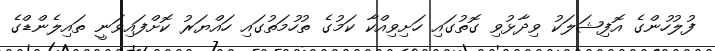
ފުލުހުންގެ އޮފިޝަލަކު ވިދާޅުވި ގޮތުގައި ހަށިވިއްކާ ކަމުގެ ތުހުމަތުގައި ހައްޔަރު ކޮށްފައިވަނީ ތައިލެންޑްގެ